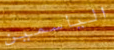
الياسمين